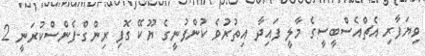
ވިޔަފާރި އެޗްއެސްބީސީގެ މާލީ ފައިދާ އިތުރުވެ ކުންފުނީގެ ޔޫކޭ ގޮފި ރިންގް-ފެންސްކުރަނީ 2